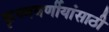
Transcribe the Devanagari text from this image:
कृष्णवर्णीयांसाठी